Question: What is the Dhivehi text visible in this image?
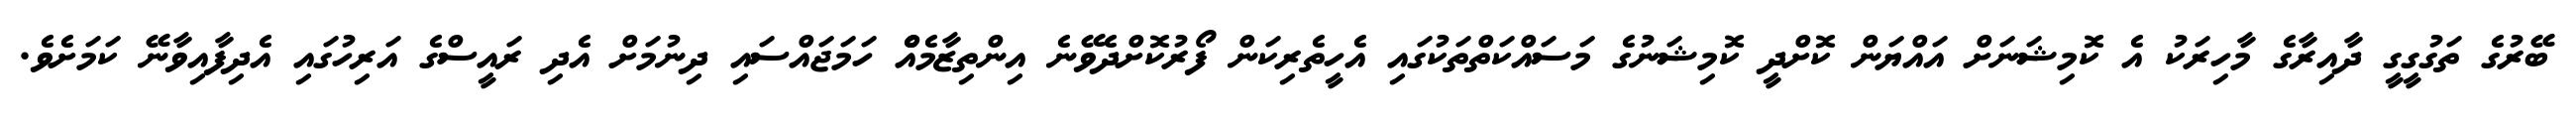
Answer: ބޭރުގެ ތަގުގީގީ ދާއިރާގެ މާހިރަކު އެ ކޮމިޝަނަށް އައްޔަން ކޮށްދީ ކޮމިޝަނުގެ މަސައްކަތްތަކުގައި އެހީތެރިކަން ފޯރުކޮށްދެވޭނެ އިންތިޒާމެއެް ހަމަޖައްސައި ދިނުމަށް އެދި ރައީސްގެ އަރިހުގައި އެދިފާއިވާނޭ ކަމަށެވެ.